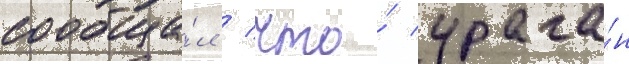
сообща́л / что́ урага́н